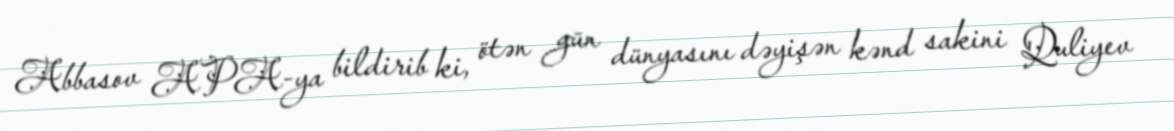
Abbasov APA-ya bildirib ki, ötən gün dünyasını dəyişən kənd sakini Quliyev